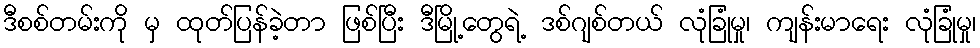
ဒီစစ်တမ်းကို မှ ထုတ်ပြန်ခဲ့တာ ဖြစ်ပြီး ဒီမြို့တွေရဲ့ ဒစ်ဂျစ်တယ် လုံခြုံမှု၊ ကျန်းမာရေး လုံခြုံမှု၊